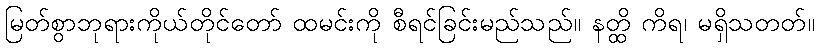
မြတ်စွာဘုရားကိုယ်တိုင်တော် ထမင်းကို စီရင်ခြင်းမည်သည်။ နတ္ထိ ကိရ၊ မရှိသတတ်။